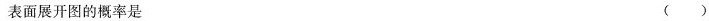
表面展开图的概率是 ( )